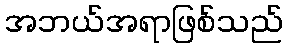
အဘယ်အရာဖြစ်သည်